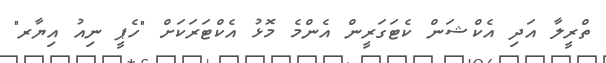
ތްރީލާ އަދި އެކްޝަން ކެޓަގަރީން އެންމެ މޮޅު އެކްޓަރަކަށް "ހެޕީ ނިއު އިޔާރ"